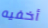
أخفيه